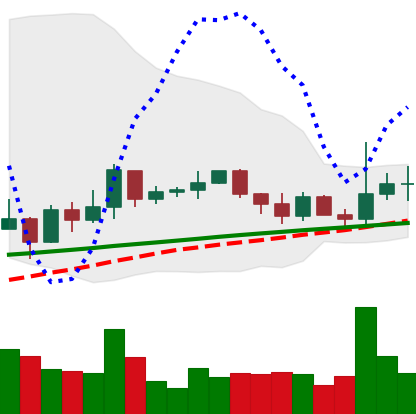
Ticker: XRP-USD
Chart end date: 2021-03-18
Forward return: 17.694%
Label: up_7plus